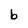
Character: b